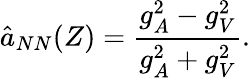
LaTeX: \hat{a}_{NN}(Z)=\frac{g_{A}^{2}-g_{V}^{2}}{g_{A}^{2}+g_{V}^{2}}.